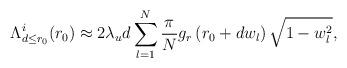
LaTeX: \begin{align*} \Lambda^i_{d\leq r_0} (r_0) &\approx 2\lambda_u d \sum^{N}_{l=1}\frac{\pi}{N} g_r\left(r_0+dw_l\right) \sqrt{1-w_l^2},\end{align*}